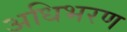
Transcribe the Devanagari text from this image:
अधिभरण